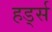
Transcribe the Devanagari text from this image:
हर्ड्स